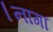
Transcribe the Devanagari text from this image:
।नागा